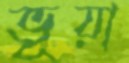
ভূয়া